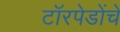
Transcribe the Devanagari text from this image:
टॉरपेडोंचे